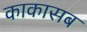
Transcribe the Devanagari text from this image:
काकासब